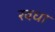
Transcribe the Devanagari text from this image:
रवधा